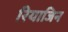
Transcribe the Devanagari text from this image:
रियाजिन